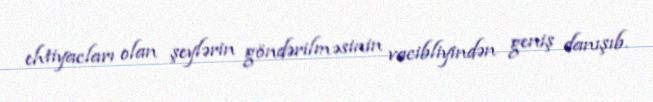
ehtiyacları olan şeylərin göndərilməsinin vacibliyindən geniş danışıb.